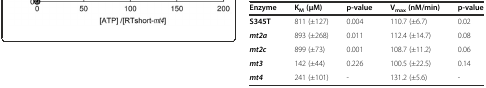
<table><thead><tr><td><b>Enzyme</b></td><td><b>K<sub>M</sub>(μM)</b></td><td><b>p-value</b></td><td><b>V<sub>max</sub>(nM/min)</b></td><td><b>p-value</b></td></tr></thead><tbody><tr><td><b>S345T</b></td><td>811 (±127)</td><td>0.004</td><td>110.7 (±6.7)</td><td>0.02</td></tr><tr><td><b><i>mt2a</i></b></td><td>893 (±268)</td><td>0.011</td><td>112.4 (±14.7)</td><td>0.08</td></tr><tr><td><b><i>mt2c</i></b></td><td>899 (±73)</td><td>0.001</td><td>108.7 (±11.2)</td><td>0.06</td></tr><tr><td><b><i>mt3</i></b></td><td>142 (±44)</td><td>0.226</td><td>100.5 (±22.5)</td><td>0.14</td></tr><tr><td><b><i>mt4</i></b></td><td>241 (±101)</td><td>-</td><td>131.2 (±5.6)</td><td>-</td></tr></tbody></table>